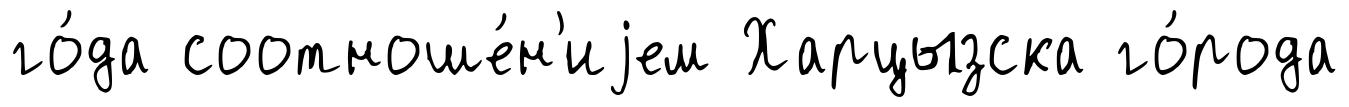
го́да соотноше́н'иjем Харцызска го́рода